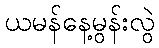
ယမန်နေ့မွန်းလွဲ